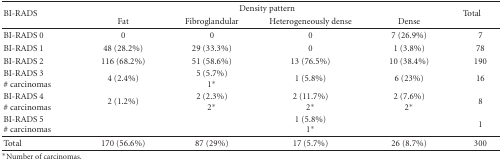
| <ROWSPAN=2> BI-RADS | <COLSPAN=4> Density pattern | <ROWSPAN=2> Total |
 | Fat | Fibroglandular | Heterogeneously dense | Dense |
 | --- | --- | --- | --- | --- | --- |
 | BI-RADS 0 | 0 | 0 | 0 | 7 (26.9%) | 7 |
 | BI-RADS 1 | 48 (28.2%) | 29 (33.3%) | 0 | 1 (3.8%) | 78 |
 | BI-RADS 2 | 116 (68.2%) | 51 (58.6%) | 13 (76.5%) | 10 (38.4%) | 190 |
 | BI-RADS 3# carcinomas | 4 (2.4%) | 5 (5.7%)1* | 1 (5.8%) | 6 (23%) | 16 |
 | BI-RADS 4# carcinomas | 2 (1.2%) | 2 (2.3%) 2* | 2 (11.7%) 2* | 2 (7.6%)2* | 8 |
 | BI-RADS 5# carcinomas |  |  | 1 (5.8%) 1* |  | 1 |
 | Total | 170 (56.6%) | 87 (29%) | 17 (5.7%) | 26 (8.7%) | 300 |